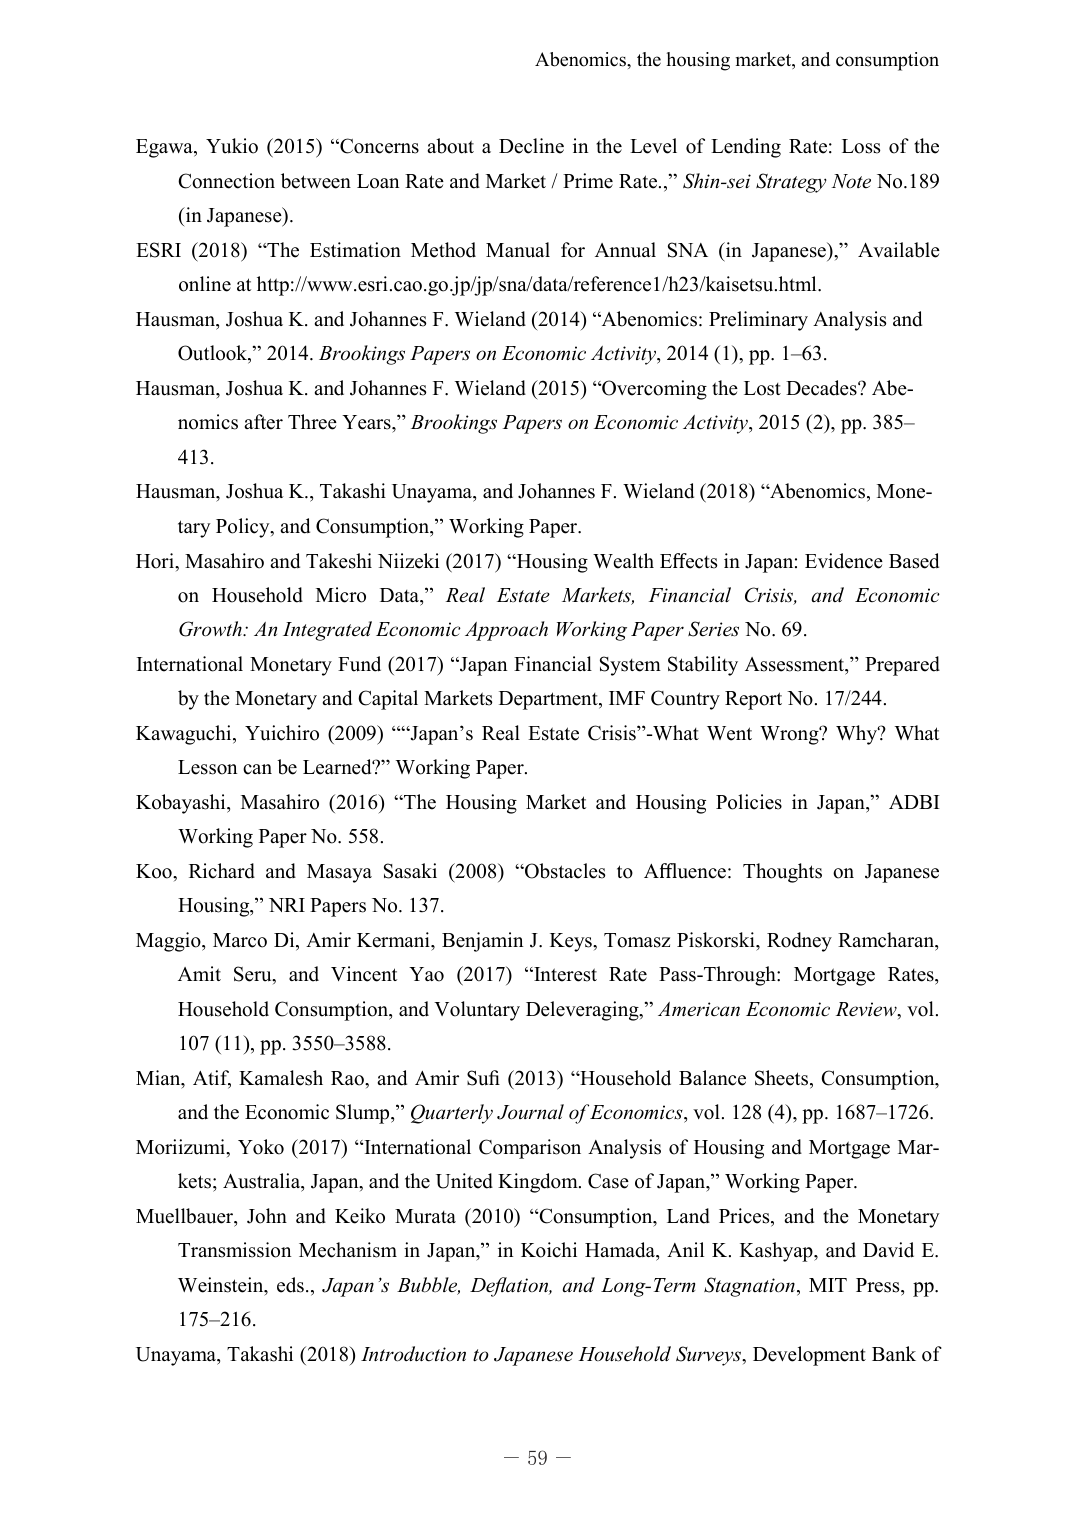
Abenomics, the housing market, and consumption

Egawa, Yukio (2015) “Concerns about a Decline in the Level of Lending Rate: Loss of the Connection between Loan Rate and Market / Prime Rate,” Shin-sei Strategy Note No.189 (in Japanese).

ESRI (2018) “The Estimation Method Manual for Annual SNA (in Japanese),” Available online at http://www.esri.cao.go.jp/jp/sna/data/reference1/h23/kaisetsu.html.

Hausman, Joshua K. and Johannes F. Wieland (2014) “Abenomics: Preliminary Analysis and Outlook,” 2014. Brookings Papers on Economic Activity, 2014 (1), pp. 1–63.

Hausman, Joshua K. and Johannes F. Wieland (2015) “Overcoming the Lost Decades? Abenomics after Three Years,” Brookings Papers on Economic Activity, 2015 (2), pp. 385–413.

Hausman, Joshua K., Takashi Unayama, and Johannes F. Wieland (2018) “Abenomics, Monetary Policy, and Consumption,” Working Paper.

Hori, Masahiro and Takeshi Niizeki (2017) “Housing Wealth Effects in Japan: Evidence Based on Household Micro Data,” Real Estate Markets, Financial Crisis, and Economic Growth: An Integrated Economic Approach Working Paper Series No. 69.

International Monetary Fund (2017) “Japan Financial System Stability Assessment,” Prepared by the Monetary and Capital Markets Department, IMF Country Report No. 17/244.

Kawaguchi, Yuichiro (2009) “‘Japan’s Real Estate Crisis’—What Went Wrong? Why? What Lesson can be Learned?” Working Paper.

Kobayashi, Masahiro (2016) “The Housing Market and Housing Policies in Japan,” ADBI Working Paper No. 558.

Koo, Richard and Masaya Sasaki (2008) “Obstacles to Affluence: Thoughts on Japanese Housing,” NRI Papers No. 137.

Maggio, Marco Di, Amir Kermani, Benjamin J. Keys, Tomasz Piskorski, Rodney Ramcharan, Amit Seru, and Vincent Yao (2017) “Interest Rate Pass-Through: Mortgage Rates, Household Consumption, and Voluntary Deleveraging,” American Economic Review, vol. 107 (11), pp. 3550–3588.

Mian, Atif, Kamalesh Rao, and Amir Sufi (2013) “Household Balance Sheets, Consumption, and the Economic Slump,” Quarterly Journal of Economics, vol. 128 (4), pp. 1687–1726.

Morizumi, Yoko (2017) “International Comparison Analysis of Housing and Mortgage Markets; Australia, Japan, and the United Kingdom. Case of Japan,” Working Paper.

Muellbauer, John and Keiko Murata (2010) “Consumption, Land Prices, and the Monetary Transmission Mechanism in Japan,” in Koichi Hamada, Anil K. Kashyap, and David E. Weinstein, eds., Japan’s Bubble, Deflation, and Long-Term Stagnation, MIT Press, pp. 175–216.

Unayama, Takashi (2018) Introduction to Japanese Household Surveys, Development Bank of

– 59 –